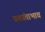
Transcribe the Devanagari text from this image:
प्रशांताभाव